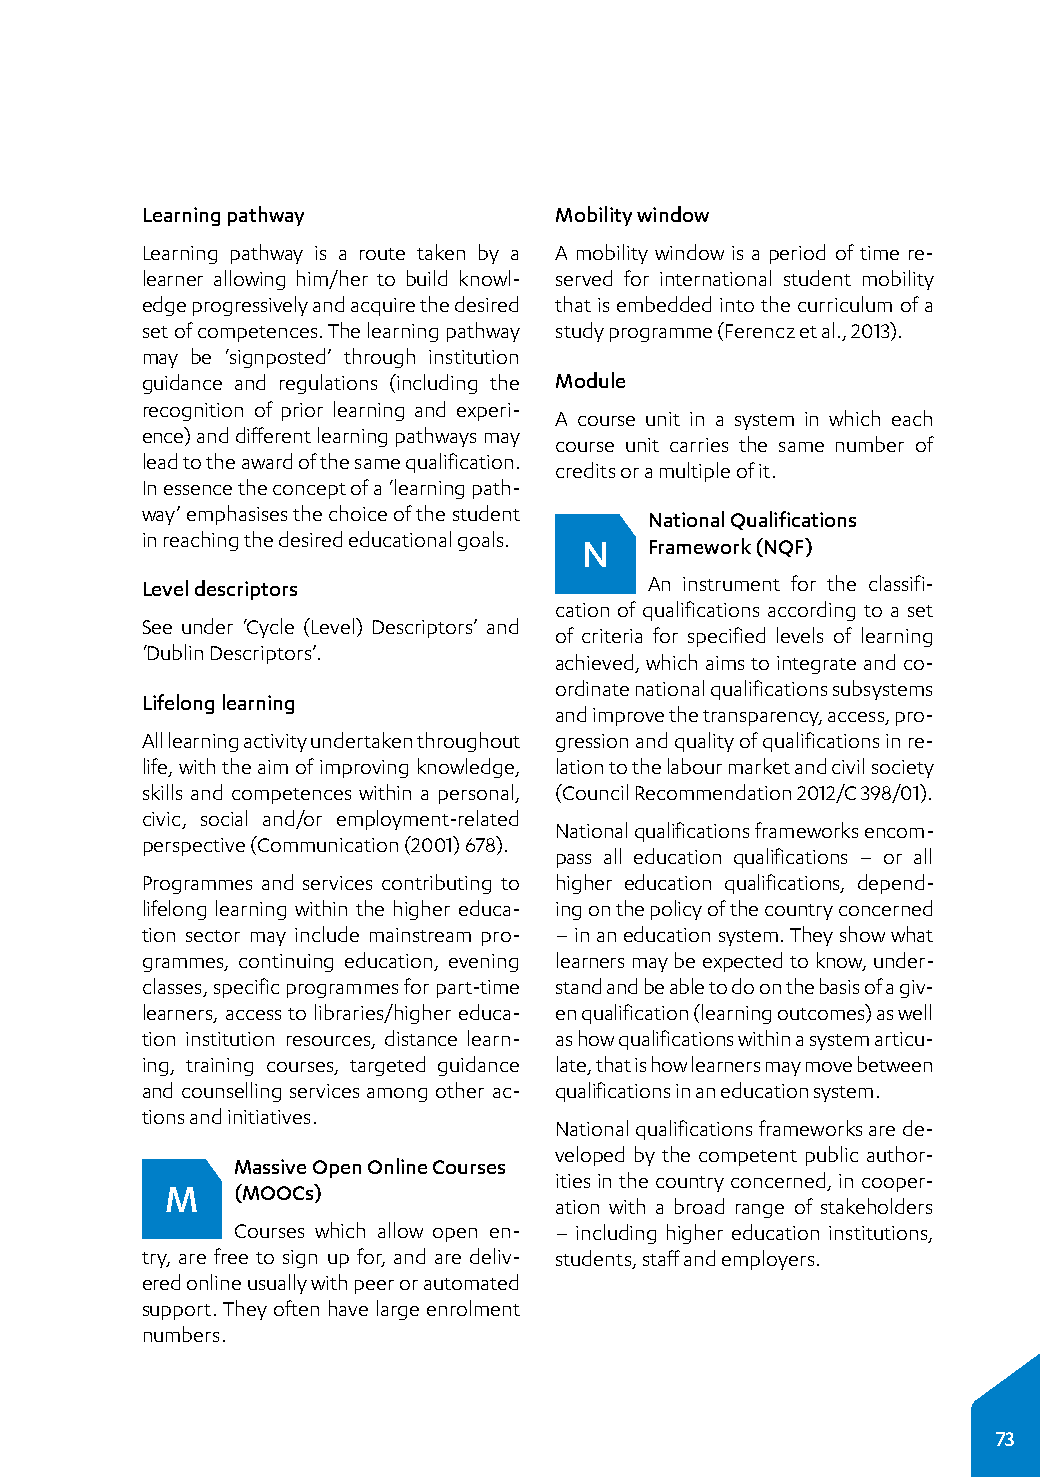
Learning pathway            Mobility window
 Learning pathway is a route taken by a A mobility window is a period of time re­
 learner allowing him/her to build knowl­ served for international student mobility
 edge progressively and acquire the desired that is embedded into the curriculum of a
 set of competences. The learning pathway study programme (Ferencz et al., 2013).
 may be ‘signposted’ through institution
 guidance and regulations (including the Module
 recognition of prior learning and experi­
 A course unit in a system in which each
 ence) and different learning pathways may
 course unit carries the same number of
 lead to the award of the same qualification.
 credits or a multiple of it.
 In essence the concept of a ‘learning path­
 way’ emphasises the choice of the student
 National Qualifications
 in reaching the desired educational goals. N Framework (NQF)
 Level descriptors                 An instrument for the classifi­
 cation of qualifications according to a set
 See under ‘Cycle (Level) Descriptors’ and
 of criteria for specified levels of learning
 ‘Dublin Descriptors’.
 achieved, which aims to integrate and co­
 ordinate national qualifications subsystems
 Lifelong learning
 and improve the transparency, access, pro­
 All learning activity undertaken throughout gression and quality of qualifications in re­
 life, with the aim of improving knowledge, lation to the labour market and civil society
 skills and competences within a personal, (Council Recommendation 2012/C 398/01).
 civic, social and/or employment-related
 National qualifications frameworks encom­
 perspective (Communication (2001) 678).
 pass all education qualifications – or all
 Programmes and services contributing to higher education qualifications, depend­
 lifelong learning within the higher educa­ ing on the policy of the country concerned
 tion sector may include mainstream pro­ – in an education system. They show what
 grammes, continuing education, evening learners may be expected to know, under­
 classes, specific programmes for part-time stand and be able to do on the basis of a giv­
 learners, access to libraries/higher educa­ en qualification (learning outcomes) as well
 tion institution resources, distance learn­ as how qualifications within a system articu­
 ing, training courses, targeted guidance late, that is how learners may move between
 and counselling services among other ac­ qualifications in an education system.
 tions and initiatives.
 National qualifications frameworks are de­
 veloped by the competent public author­
 Massive Open Online Courses
 ities in the country concerned, in cooper­
 M   (MOOCs)
 ation with a broad range of stakeholders
 Courses which allow open en­ – including higher education institutions,
 try, are free to sign up for, and are deliv­ students, staff and employers.
 ered online usually with peer or automated
 support. They often have large enrolment
 numbers.
 73